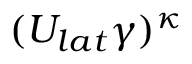
( U _ { l a t } \gamma ) ^ { \kappa }